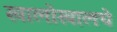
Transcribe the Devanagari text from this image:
खालोखालचे